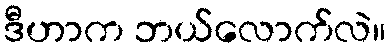
ဒီဟာက ဘယ်လောက်လဲ။